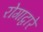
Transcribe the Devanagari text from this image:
रोगाद्वारे